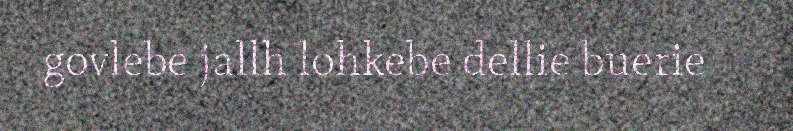
govlebe jallh lohkebe dellie buerie